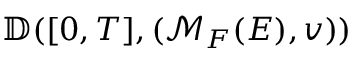
\mathbb { D } ( [ 0 , T ] , ( \mathcal { M } _ { F } ( E ) , v ) )